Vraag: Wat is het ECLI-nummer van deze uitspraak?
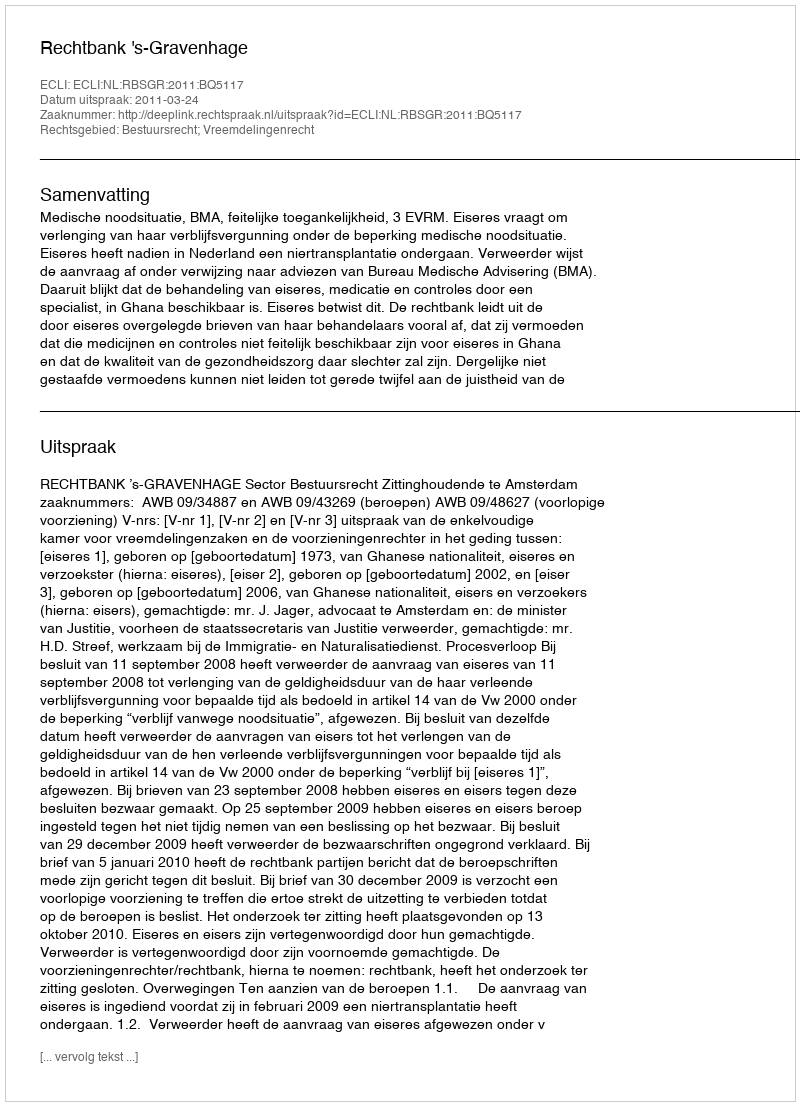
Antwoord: ECLI:NL:RBSGR:2011:BQ5117